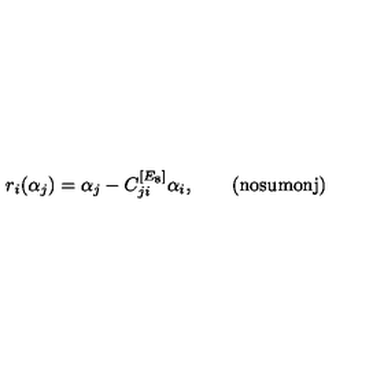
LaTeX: \quad r _ { i } ( \alpha _ { j } ) = \alpha _ { j } - C _ { j i } ^ { [ E _ { 8 } ] } \alpha _ { i } , \qquad \mathrm { ( n o s u m o n j ) }